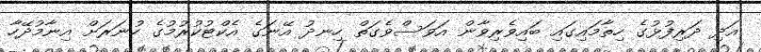
އަދި ދަރިފުޅުގެ ހިތާމައިގައި ބައިވެރިވާން އަވަސްވެގަތް ހިނދު އޭނަގެ އެކްޓުކުރުމުގެ ހުނަރަށް އިނާމުދޭހާ